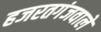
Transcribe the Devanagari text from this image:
हजरतगंजवाले